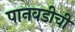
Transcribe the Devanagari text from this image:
पानवडीची